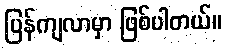
ပြန်ကျလာမှာ ဖြစ်ပါတယ်။